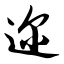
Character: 迩